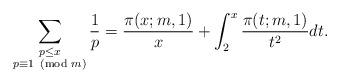
LaTeX: \begin{align*}\sum_{\substack{p\le x\\p\equiv 1\!\!\!\pmod{m}}}\frac{1}{p}=\frac{\pi(x;m,1)}{x}+\int_{2}^{x}\frac{\pi(t;m,1)}{t^2}dt.\end{align*}